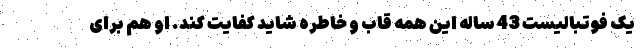
یک فوتبالیست 43 ساله این همه قاب و خاطره شاید کفایت کند. او هم برای